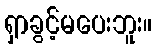
ရှာခွင့်မပေးဘူး။